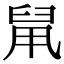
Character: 䑕